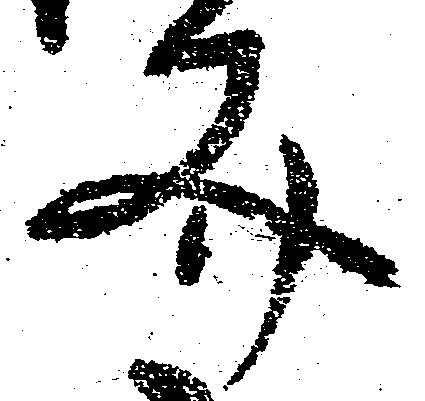
文